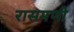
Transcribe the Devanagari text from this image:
रासमणी